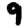
Digit: 9